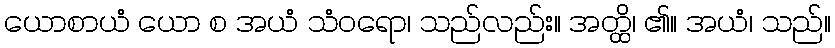
ယောစာယံ ယော စ အယံ သံဝရော၊ သည်လည်း။ အတ္ထိ၊ ၏။ အယံ၊ သည်။